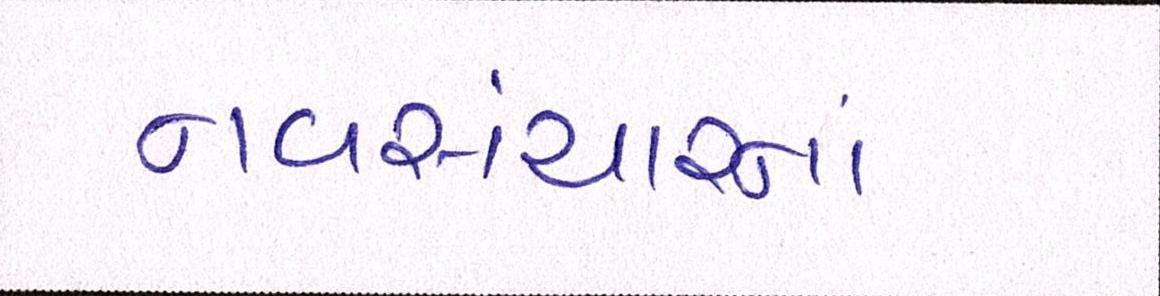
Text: નવસંચારનાં